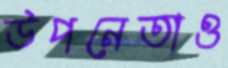
উপনেতাও